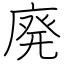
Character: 廃